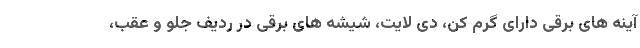
آینه های برقی دارای گرم کن، دی لایت، شیشه های برقی در ردیف جلو و عقب،